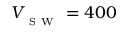
V _ { _ { \mathrm { ~ S ~ W ~ } } } = 4 0 0